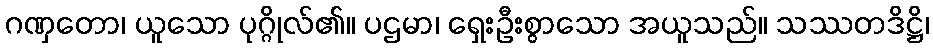
ဂဏှတော၊ ယူသော ပုဂ္ဂိုလ်၏။ ပဌမာ၊ ရှေးဦးစွာသော အယူသည်။ သဿတဒိဋ္ဌိ၊